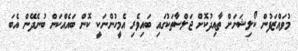
މުވައްޒަފުން ކޯލިޝަނަށް ތާއިދުކޮށް ޖަލްސާތަކުގައި ބައިވެރި އެމީހުންނަކީ ކޮން ބައެއްކަން ބުނެދޭން އެބަ